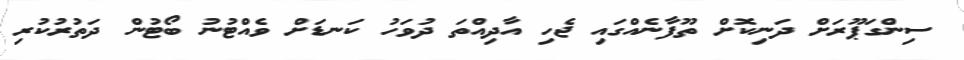
ސިންގަޕޫރަށް ދަނިކޮށް ތޫފާނެއްގައި ޖެހި އާދިއްތަ ދުވަހު ކަނޑަށް ވެއްޓުނު ބޯޓުން ދަތުރުކުރި